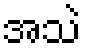
အသဲ